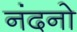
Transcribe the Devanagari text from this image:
नंदनो